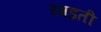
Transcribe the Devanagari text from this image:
रगड़ती